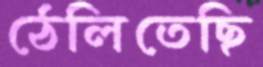
ঠেলিতেছি